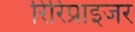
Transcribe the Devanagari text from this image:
रिरिप्राइजर